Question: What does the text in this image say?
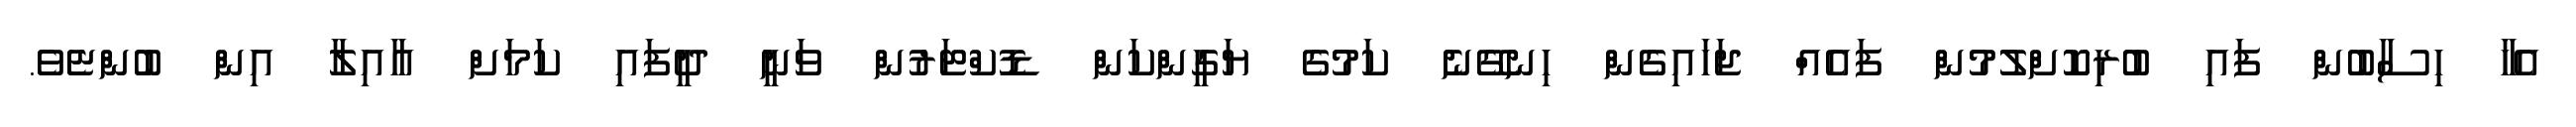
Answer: އެހާ ހިސާބުން ފައި ބުރިކޮށްލުމުން ފައެއް ޖަހައިގެން ހިނގޭނެ ކަމުގެ ޔަގީންކަން ޑޮކްޓަރުން ވަނީ ދީފައި ކަމަށް އާއިލާ އިން ބުންޏެވެ.